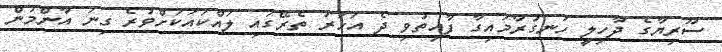
ސޫރިޔާގެ ދާހިލީ ހަނގުރާމައިގާ ފާއިތުވި ދެ އަހަރު ތެރޭގައި ލައްކައަކަށްވުރެ ގިނަ އާންމުން